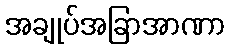
အချုပ်အခြာအာဏာ